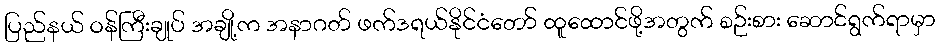
ပြည်နယ် ဝန်ကြီးချုပ် အချို့က အနာဂတ် ဖက်ဒရယ်နိုင်ငံတော် ထူထောင်ဖို့အတွက် စဉ်းစား ဆောင်ရွက်ရာမှာ